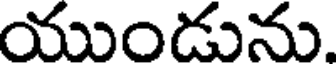
యుండును.